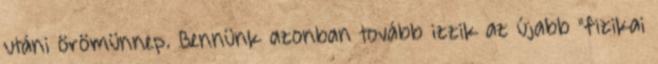
utáni örömünnep. Bennünk azonban tovább izzik az újabb "fizikai